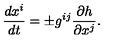
{ \frac { d x ^ { i } } { d t } } = \pm g ^ { i j } { \frac { \partial h } { \partial x ^ { j } } } .